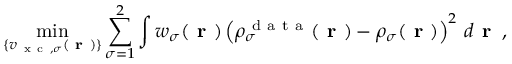
\operatorname* { m i n } _ { \{ v _ { \mathrm { ~ x ~ c ~ } , \sigma } ( \boldsymbol { \textbf { r } } ) \} } \sum _ { \sigma = 1 } ^ { 2 } \int w _ { \sigma } ( \boldsymbol { \textbf { r } } ) \left( \rho _ { \sigma } ^ { \mathrm { ~ d ~ a ~ t ~ a ~ } } ( \boldsymbol { \textbf { r } } ) - \rho _ { \sigma } ( \boldsymbol { \textbf { r } } ) \right) ^ { 2 } \, d \boldsymbol { \textbf { r } } \, ,